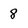
Character: 8